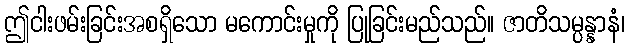
ဤငါးဖမ်းခြင်းအစရှိသော မကောင်းမှုကို ပြုခြင်းမည်သည်။ ဇာတိသမ္ပန္နာနံ၊